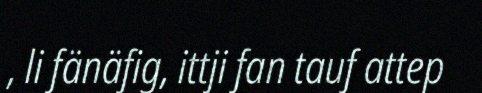
, li fänäfig, ittji fan tauf attep